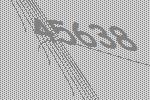
45638